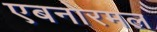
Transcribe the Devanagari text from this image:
एबनोरमल